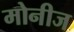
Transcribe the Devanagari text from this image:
मोनीज